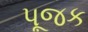
પૂજક